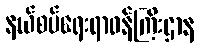
နယ်စပ်ရေးရာဝန်ကြီးဌာန